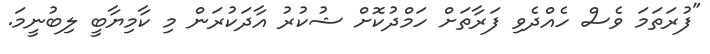
"ފުރަތަމަ ވެސް ހެއްދެވި ފަރާތަށް ހަމްދުކޮށް ޝުކުރު އާދަކުރަން މި ކާމިޔާބީ ލިބުނީމަ.